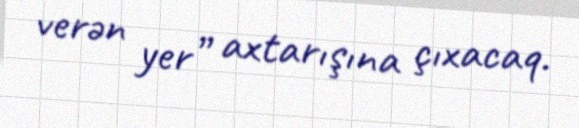
verən yer” axtarışına çıxacaq.